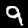
Digit: 9